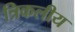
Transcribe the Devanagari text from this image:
त्रिकलीय